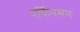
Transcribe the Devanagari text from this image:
पर्किनसन